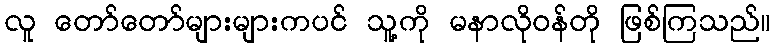
လူ တော်တော်များများကပင် သူ့ကို မနာလိုဝန်တို ဖြစ်ကြသည်။